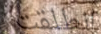
انطلقت